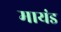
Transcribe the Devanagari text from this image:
मायंड